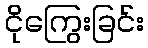
ငိုကြွေးခြင်း